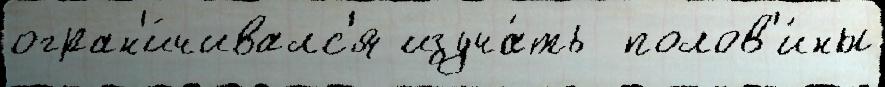
огран'и́чивалс'я изуча́ть  полов'и́ны